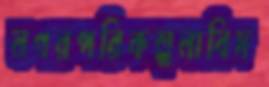
নগরপরিকল্পনাবিদ